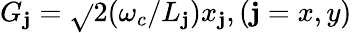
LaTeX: G_{\mathbf{j}}=\sqrt{}{{2}}(\omega_{c}/L_{\mathbf{j}})x_{\mathbf{j}},(\mathbf{j}=x,y)